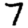
Digit: 7